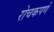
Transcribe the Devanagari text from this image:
रोचकपणे